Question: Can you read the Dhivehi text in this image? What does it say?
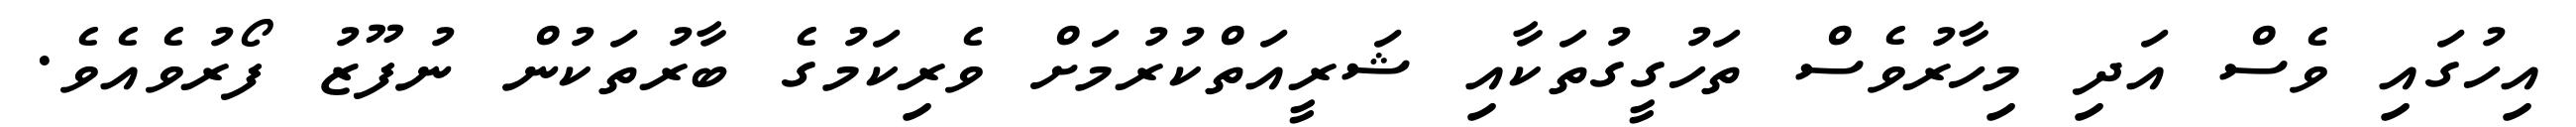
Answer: އިހުގައި ވެސް އަދި މިހާރުވެސް ތަހުގީގުތަކާއި ޝަރީއަތްކުރުމަށް ވެރިކަމުގެ ބާރުތަކުން ނުފޫޒު ފޯރުވެއެވެ.